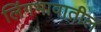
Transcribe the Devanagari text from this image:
लिंगभावातील